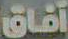
آفاق